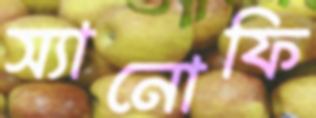
স্যানোফি